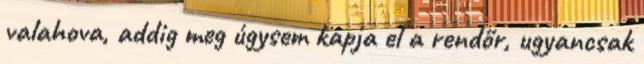
valahova, addig meg úgysem kapja el a rendőr, ugyancsak